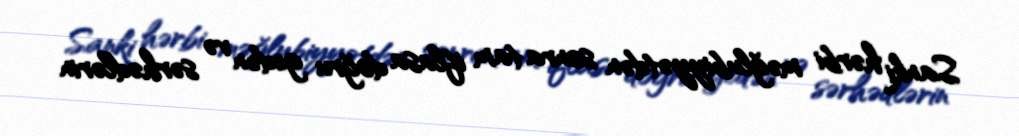
Sanki hərbi məğlubiyyətdən sonra tam iflasa doğru gedən və sərhədlərin